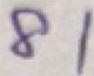
8 1